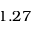
1 . 2 7